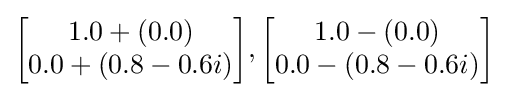
{\begin{bmatrix}1.0+(0.0)\\0.0+(0.8-0.6i)\end{bmatrix}},{\begin{bmatrix}1.0-(0.0)\\0.0-(0.8-0.6i)\end{bmatrix}}